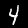
Digit: 4